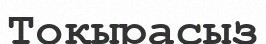
Тоқырасыз